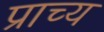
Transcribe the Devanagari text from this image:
प्राच्‍य